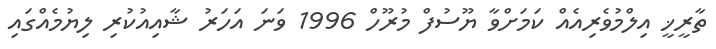
ތާރީޚީ އިލްމުވެރިއެއް ކަމަށްވާ ޔޫސުފް މުރޫހް 1996 ވަނަ އަހަރު ޝާއިއުކުރި ލިޔުމެއްގައި